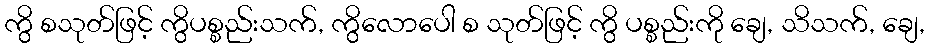
ကွိ စသုတ်ဖြင့် ကွိပစ္စည်းသက်, ကွိလောပေါ စ သုတ်ဖြင့် ကွိ ပစ္စည်းကို ချေ, သိသက်, ချေ,